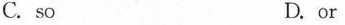
C. so D. or